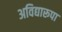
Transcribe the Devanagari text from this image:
अविद्यारूपा